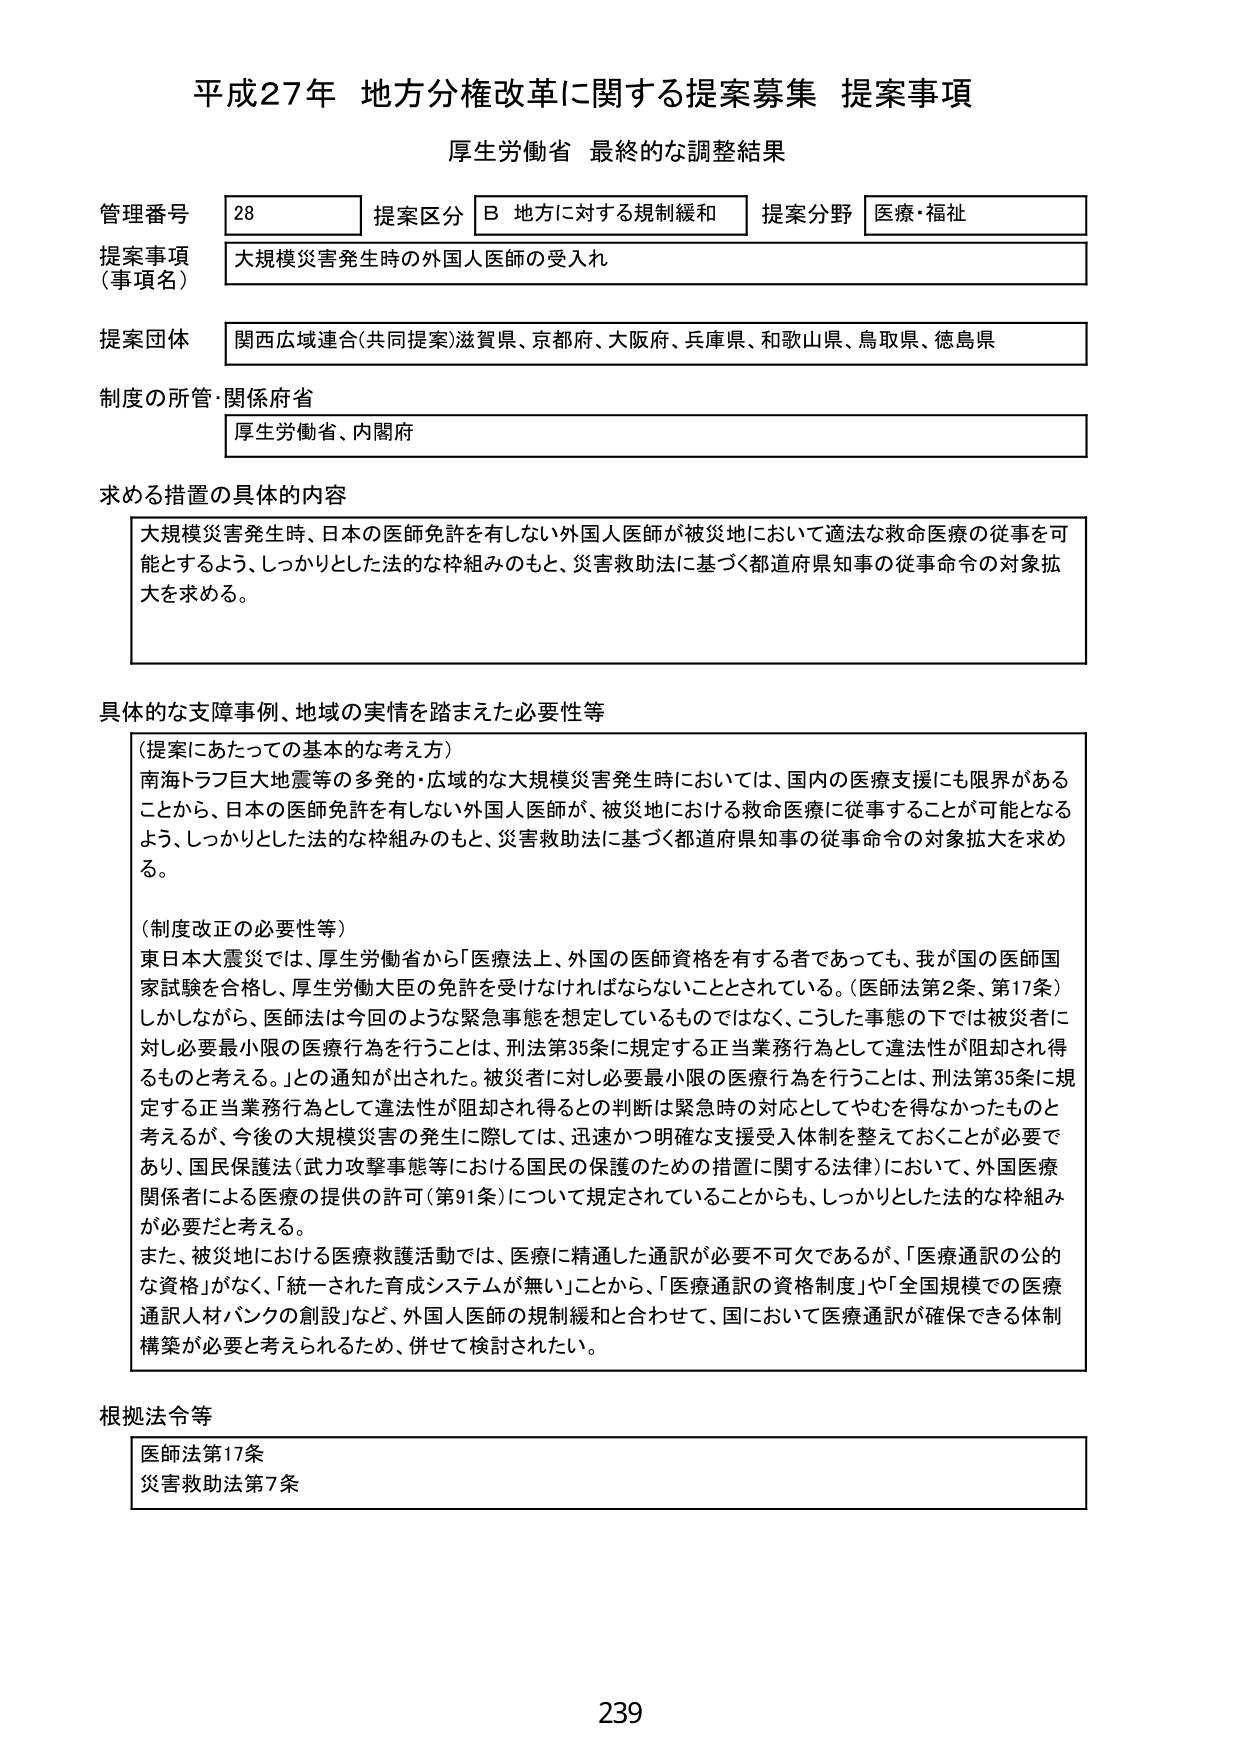
平成27年 地方分権改革に関する提案募集 提案事項
厚生労働省 最終的な調整結果

管理番号 28 提案区分 B 地方に対する規制緩和 提案分野 医療・福祉
提案事項（事項名） 大規模災害発生時の外国人医師の受入れ
提案団体 関西広域連合（共同提案）滋賀県、京都府、大阪府、兵庫県、和歌山県、鳥取県、徳島県
制度の所管・関係府省 厚生労働省、内閣府

求める措置の具体的内容
大規模災害発生時、日本の医師免許を有しない外国人医師が被災地において適法な救命医療の従事を可能とするよう、しっかりとした法的な枠組みのもと、災害救助法に基づく都道府県知事の従事命令の対象拡大を求める。

具体的な支障事例、地域の実情を踏まえた必要性等
（提案にあたっての基本的な考え方）
南海トラフ巨大地震等の多発的・広域的な大規模災害発生時においては、国内の医療支援にも限界があることから、日本の医師免許を有しない外国人医師が、被災地における救命医療に従事することが可能となるよう、しっかりとした法的な枠組みのもと、災害救助法に基づく都道府県知事の従事命令の対象拡大を求める。

（制度改正の必要性等）
東日本大震災では、厚生労働省から「医療法上、外国の医師資格を有する者であっても、我が国の医師国家試験を合格し、厚生労働大臣の免許を受けなければならないこととされている。（医師法第2条、第17条）しかしながら、医師法は今回のような緊急事態を想定しているものではなく、こうした事態の下では被災者に対し必要最小限の医療行為を行うことは、刑法第35条に規定する正当業務行為として違法性が阻却され得るものと考える。」との通知が出された。被災者に対し必要最小限の医療行為を行うことは、刑法第35条に規定する正当業務行為として違法性が阻却され得るとの判断は緊急時の対応としてやむを得なかったものと考えるが、今後の大規模災害の発生に際しては、迅速かつ明確な支援受入体制を整えておくことが必要であり、国民保護法（武力攻撃事態等における国民の保護のための措置に関する法律）において、外国医療関係者による医療の提供の許可（第91条）について規定されていることからも、しっかりとした法的な枠組みが必要だと考える。
また、被災地における医療救護活動では、医療に精通した通訳が必要不可欠であるが、「医療通訳の公的な資格」がなく、「統一された育成システムが無い」ことから、「医療通訳の資格制度」や「全国規模での医療通訳人材バンクの創設」など、外国人医師の規制緩和と合わせて、国において医療通訳が確保できる体制構築が必要と考えられるため、併せて検討されたい。

根拠法令等
医師法第17条
災害救助法第7条

239